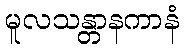
မူလသန္တာနကာနံ